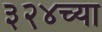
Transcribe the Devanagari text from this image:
३२४च्या